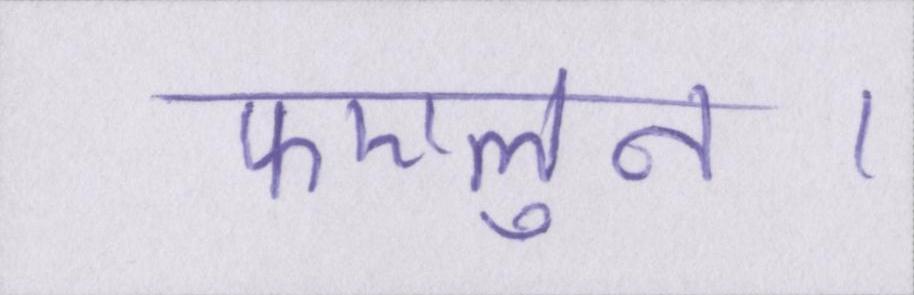
फएलुन।